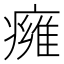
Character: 㿈